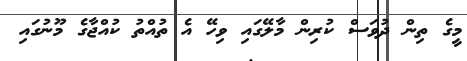
މީގެ ތިން ދުވަސް ކުރިން މާލޭގައި ވިހޭ އެ ތުއްތު ކުއްޖާގެ މޫނުގައި